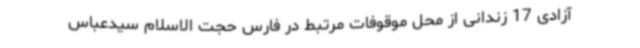
آزادی 17 زندانی از محل موقوفات مرتبط در فارس حجت الاسلام سیدعباس